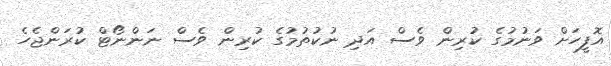
އޮފީހަށް ވަނުމުގެ ކުރިން ވެސް އަދި ނުކުތުމުގެ ކުރިން ވެސް ނަންނޯޓް ކުރަންޖެހެ